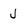
Character: J